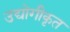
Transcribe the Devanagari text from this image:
उद्योगीकृत